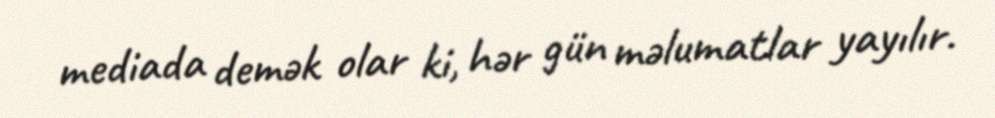
mediada demək olar ki, hər gün məlumatlar yayılır.